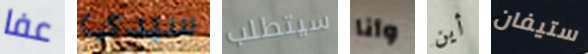
عفا سيدي سيتطلب وأنا أين ستيفان